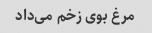
مرغ بوی زخم می‌داد